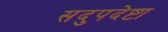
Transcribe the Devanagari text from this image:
सदुपदेष्टा